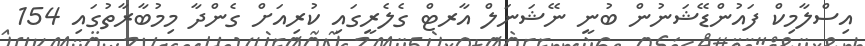
އިސްލާމިކް ފައުންޑޭޝަނުން ބުނީ ނޭޝަނަލް އާރޓް ގެލެރީގައި ކުރިއަށް ގެންދާ މިމުބާރާތުގައި 154